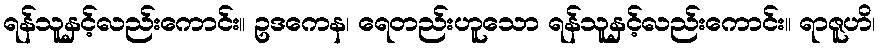
ရန်သူနှင့်လည်းကောင်း။ ဥဒကေန၊ ရေတည်းဟူသော ရန်သူနှင့်လည်းကောင်း။ ရာဇူဟိ၊